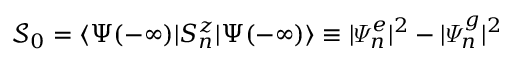
\mathcal { S } _ { 0 } = \langle \Psi ( - \infty ) | S _ { n } ^ { z } | \Psi ( - \infty ) \rangle \equiv | \varPsi _ { n } ^ { e } | ^ { 2 } - | \varPsi _ { n } ^ { g } | ^ { 2 }